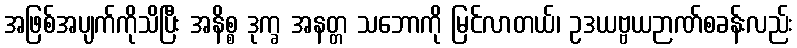
အဖြစ်အပျက်ကိုသိပြီး အနိစ္စ ဒုက္ခ အနတ္တ သဘောကို မြင်လာတယ်၊ ဥဒယဗ္ဗယဉာဏ်စခန်းလည်း